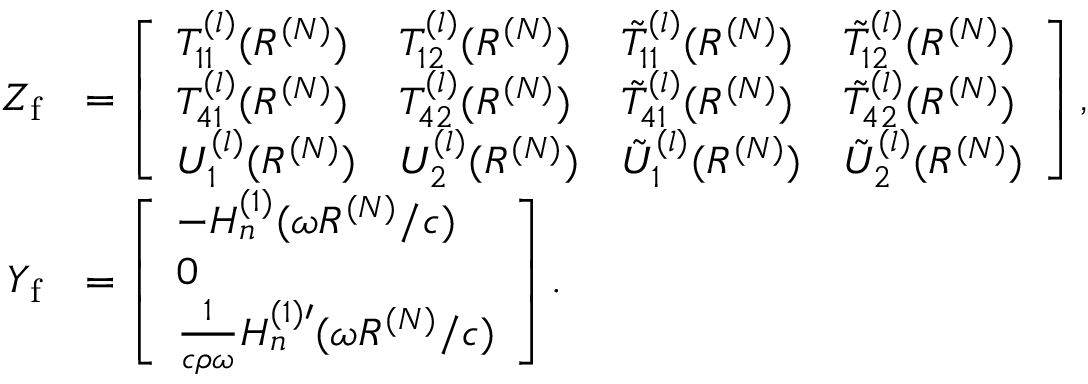
\begin{array} { r l } { Z _ { \mathrm { f } } } & { = \left[ \begin{array} { l l l l } { T _ { 1 1 } ^ { ( l ) } ( R ^ { ( N ) } ) } & { T _ { 1 2 } ^ { ( l ) } ( R ^ { ( N ) } ) } & { \tilde { T } _ { 1 1 } ^ { ( l ) } ( R ^ { ( N ) } ) } & { \tilde { T } _ { 1 2 } ^ { ( l ) } ( R ^ { ( N ) } ) } \\ { T _ { 4 1 } ^ { ( l ) } ( R ^ { ( N ) } ) } & { T _ { 4 2 } ^ { ( l ) } ( R ^ { ( N ) } ) } & { \tilde { T } _ { 4 1 } ^ { ( l ) } ( R ^ { ( N ) } ) } & { \tilde { T } _ { 4 2 } ^ { ( l ) } ( R ^ { ( N ) } ) } \\ { U _ { 1 } ^ { ( l ) } ( R ^ { ( N ) } ) } & { U _ { 2 } ^ { ( l ) } ( R ^ { ( N ) } ) } & { \tilde { U } _ { 1 } ^ { ( l ) } ( R ^ { ( N ) } ) } & { \tilde { U } _ { 2 } ^ { ( l ) } ( R ^ { ( N ) } ) } \end{array} \right] , } \\ { Y _ { \mathrm { f } } } & { = \left[ \begin{array} { l } { - H _ { n } ^ { ( 1 ) } ( \omega R ^ { ( N ) } / c ) } \\ { 0 } \\ { \frac { 1 } { c \rho \omega } H _ { n } ^ { ( 1 ) \prime } ( \omega R ^ { ( N ) } / c ) } \end{array} \right] . } \end{array}